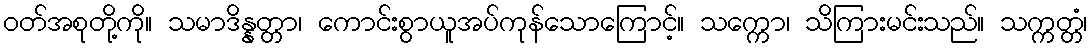
ဝတ်အစုတို့ကို။ သမာဒိန္နတ္တာ၊ ကောင်းစွာယူအပ်ကုန်သောကြောင့်။ သက္ကော၊ သိကြားမင်းသည်။ သက္ကတ္တံ၊